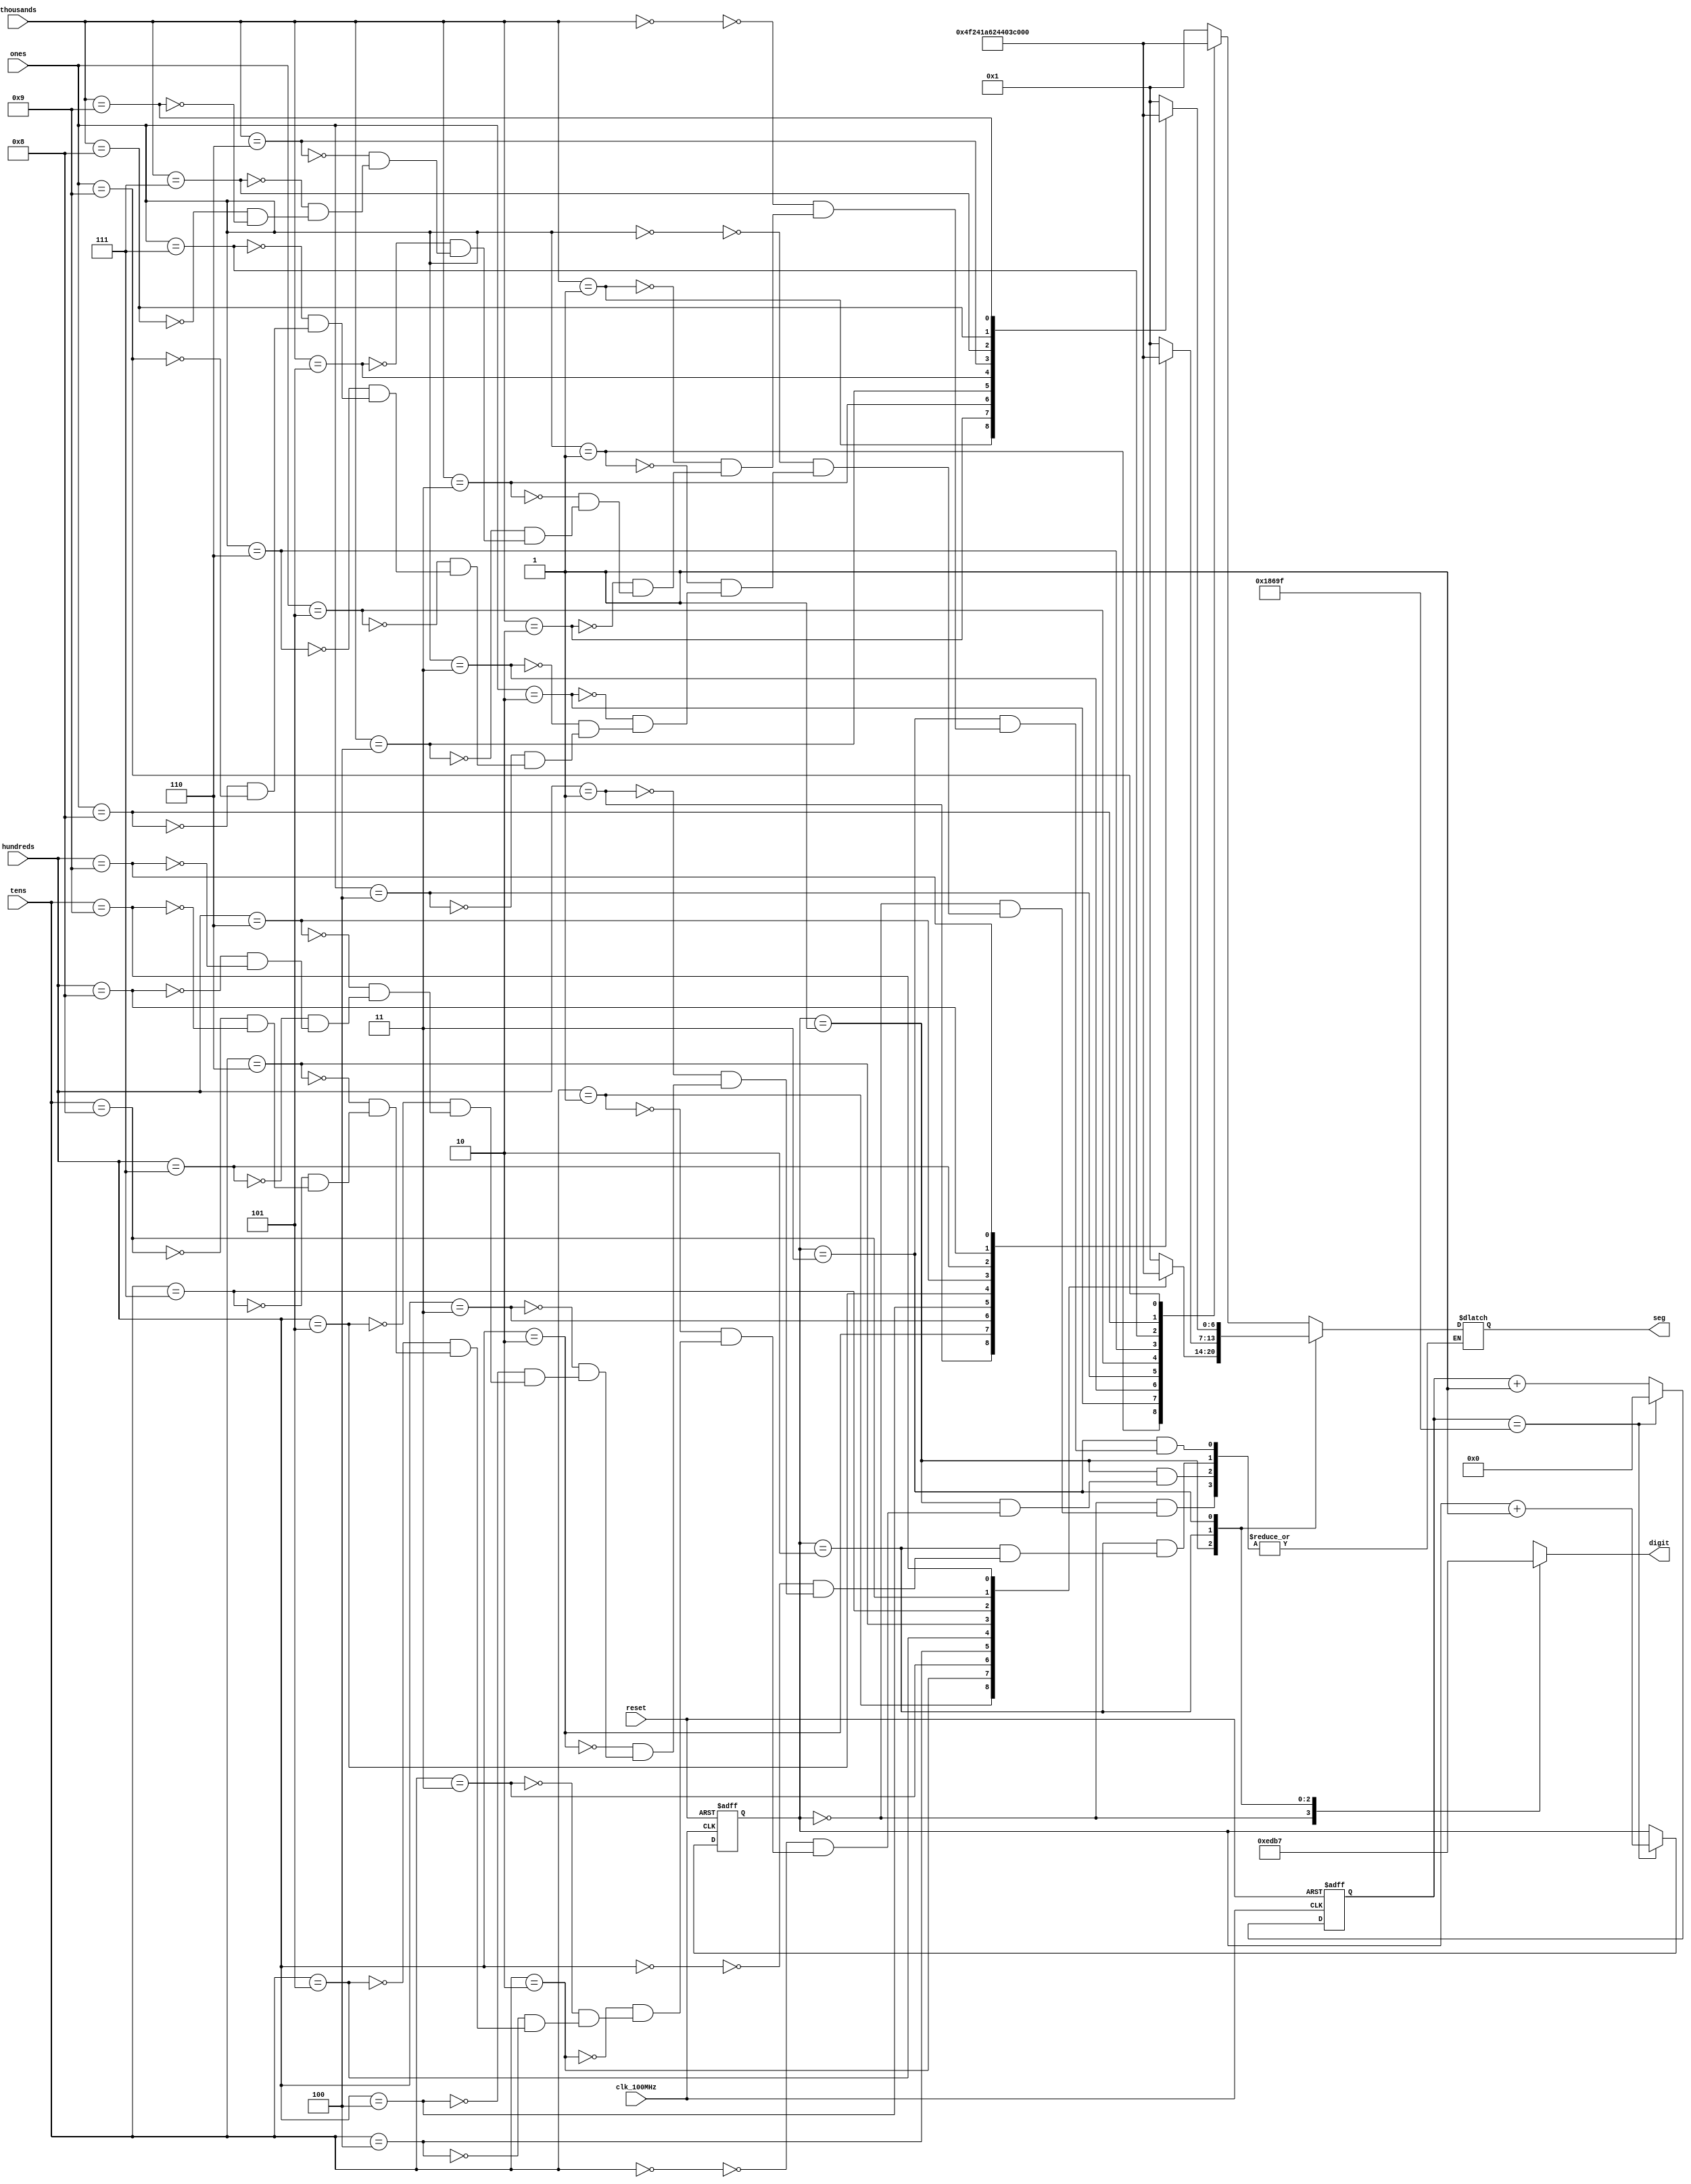
`timescale 1ns / 1ps

module seg_cntrl(
    input clk_100MHz,
    input reset,
    input [3:0] ones,
    input [3:0] tens,
    input [3:0] hundreds,
    input [3:0] thousands,
    output reg [0:6] seg,       // segment pattern 0-9
    output reg [3:0] digit      // digit select signals
    );
    
    // Parameters for segment patterns
    parameter ZERO  = 7'b000_0001;  // 0
    parameter ONE   = 7'b100_1111;  // 1
    parameter TWO   = 7'b001_0010;  // 2 
    parameter THREE = 7'b000_0110;  // 3
    parameter FOUR  = 7'b100_1100;  // 4
    parameter FIVE  = 7'b010_0100;  // 5
    parameter SIX   = 7'b010_0000;  // 6
    parameter SEVEN = 7'b000_1111;  // 7
    parameter EIGHT = 7'b000_0000;  // 8
    parameter NINE  = 7'b000_0100;  // 9
    //parameter HEX_A = 7'b000_1000;  // hex A
    
    // To select each digit in turn
    reg [1:0] digit_select;     // 2 bit counter for selecting each of 4 digits
    reg [16:0] digit_timer;     // counter for digit refresh
    
    // Logic for controlling digit select and digit timer
    always @(posedge clk_100MHz or posedge reset) begin
        if(reset) begin
            digit_select <= 0;
            digit_timer <= 0; 
        end
        else                                        // 1ms x 4 displays = 4ms refresh period
            if(digit_timer == 99_999) begin         // The period of 100MHz clock is 10ns (1/100,000,000 seconds)
                digit_timer <= 0;                   // 10ns x 100,000 = 1ms
                digit_select <=  digit_select + 1;
            end
            else
                digit_timer <=  digit_timer + 1;
    end
    
    // Logic for driving the 4 bit anode output based on digit select
    always @(digit_select) begin
        case(digit_select) 
            2'b00 : digit = 4'b1110;   // Turn on ones digit
            2'b01 : digit = 4'b1101;   // Turn on tens digit
            2'b10 : digit = 4'b1011;   // Turn on hundreds digit
            2'b11 : digit = 4'b0111;   // Turn on thousands digit
        endcase
    end
    
    // Logic for driving segments based on which digit is selected and the value of each digit
    always @*
        case(digit_select)
            2'b00 : begin       // ONES DIGIT
                        case(ones)
                            4'b0000 : seg = ZERO;
                            4'b0001 : seg = ONE;
                            4'b0010 : seg = TWO;
                            4'b0011 : seg = THREE;
                            4'b0100 : seg = FOUR;
                            4'b0101 : seg = FIVE;
                            4'b0110 : seg = SIX;
                            4'b0111 : seg = SEVEN;
                            4'b1000 : seg = EIGHT;
                            4'b1001 : seg = NINE;
                            
                        endcase
                    end
                    
            2'b01 : begin       // TENS DIGIT
                        case(tens)
                            4'b0000 : seg = ZERO;
                            4'b0001 : seg = ONE;
                            4'b0010 : seg = TWO;
                            4'b0011 : seg = THREE;
                            4'b0100 : seg = FOUR;
                            4'b0101 : seg = FIVE;
                            4'b0110 : seg = SIX;
                            4'b0111 : seg = SEVEN;
                            4'b1000 : seg = EIGHT;
                            4'b1001 : seg = NINE;
                            
                        endcase
                    end
                    
            2'b10 : begin       // HUNDREDS DIGIT
                        case(hundreds)
                            4'b0000 : seg = ZERO;
                            4'b0001 : seg = ONE;
                            4'b0010 : seg = TWO;
                            4'b0011 : seg = THREE;
                            4'b0100 : seg = FOUR;
                            4'b0101 : seg = FIVE;
                            4'b0110 : seg = SIX;
                            4'b0111 : seg = SEVEN;
                            4'b1000 : seg = EIGHT;
                            4'b1001 : seg = NINE;
                          
                        endcase
                    end
                    
            2'b11 : begin       // MINUTES ONES DIGIT
                        case(thousands)
                            4'b0000 : seg = ZERO;
                            4'b0001 : seg = ONE;
                            4'b0010 : seg = TWO;
                            4'b0011 : seg = THREE;
                            4'b0100 : seg = FOUR;
                            4'b0101 : seg = FIVE;
                            4'b0110 : seg = SIX;
                            4'b0111 : seg = SEVEN;
                            4'b1000 : seg = EIGHT;
                            4'b1001 : seg = NINE;
                            
                        endcase
                    end
        endcase

endmodule